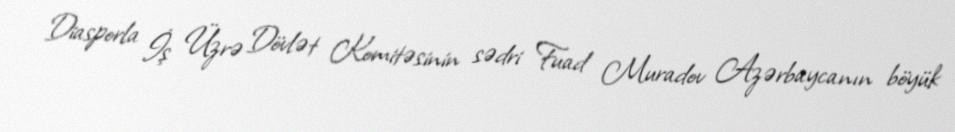
Diasporla İş Üzrə Dövlət Komitəsinin sədri Fuad Muradov Azərbaycanın böyük